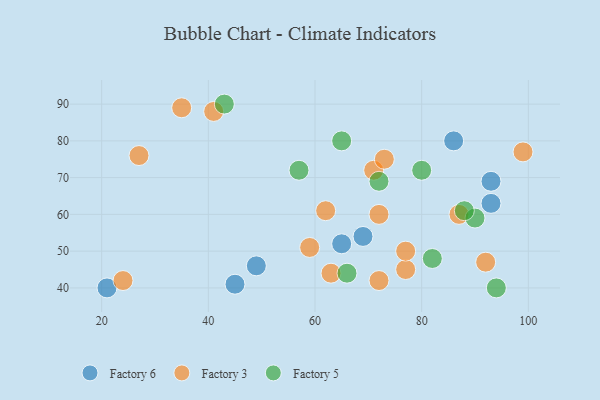
{"axis": {"x": "GDP", "y": "Life Expectancy"}, "legend": ["Factory 3", "Factory 5", "Factory 6"], "data": [{"x": "86", "y": 80, "type": "Factory 6"}, {"x": "93", "y": 69, "type": "Factory 6"}, {"x": "69", "y": 54, "type": "Factory 6"}, {"x": "21", "y": 40, "type": "Factory 6"}, {"x": "93", "y": 63, "type": "Factory 6"}, {"x": "45", "y": 41, "type": "Factory 6"}, {"x": "49", "y": 46, "type": "Factory 6"}, {"x": "65", "y": 52, "type": "Factory 6"}, {"x": "59", "y": 51, "type": "Factory 3"}, {"x": "24", "y": 42, "type": "Factory 3"}, {"x": "92", "y": 47, "type": "Factory 3"}, {"x": "72", "y": 60, "type": "Factory 3"}, {"x": "99", "y": 77, "type": "Factory 3"}, {"x": "72", "y": 42, "type": "Factory 3"}, {"x": "87", "y": 60, "type": "Factory 3"}, {"x": "27", "y": 76, "type": "Factory 3"}, {"x": "77", "y": 45, "type": "Factory 3"}, {"x": "63", "y": 44, "type": "Factory 3"}, {"x": "41", "y": 88, "type": "Factory 3"}, {"x": "62", "y": 61, "type": "Factory 3"}, {"x": "35", "y": 89, "type": "Factory 3"}, {"x": "71", "y": 72, "type": "Factory 3"}, {"x": "77", "y": 50, "type": "Factory 3"}, {"x": "73", "y": 75, "type": "Factory 3"}, {"x": "90", "y": 59, "type": "Factory 5"}, {"x": "88", "y": 61, "type": "Factory 5"}, {"x": "57", "y": 72, "type": "Factory 5"}, {"x": "66", "y": 44, "type": "Factory 5"}, {"x": "72", "y": 69, "type": "Factory 5"}, {"x": "94", "y": 40, "type": "Factory 5"}, {"x": "82", "y": 48, "type": "Factory 5"}, {"x": "43", "y": 90, "type": "Factory 5"}, {"x": "80", "y": 72, "type": "Factory 5"}, {"x": "65", "y": 80, "type": "Factory 5"}]}